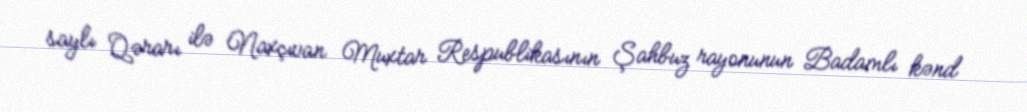
saylı Qərarı ilə Naxçıvan Muxtar Respublikasının Şahbuz rayonunun Badamlı kənd